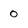
Character: 0